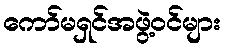
ကော်မရှင်အဖွဲ့ဝင်များ